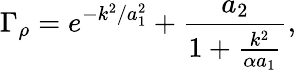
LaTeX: \Gamma_{\rho}=e^{-k^{2}/a_{1}^{2}}+\frac{a_{2}}{1+\frac{k^{2}}{\alpha a_{1}}},